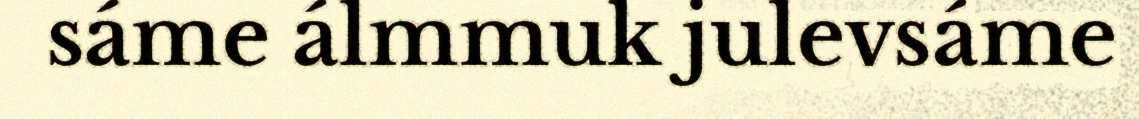
sáme álmmuk julevsáme